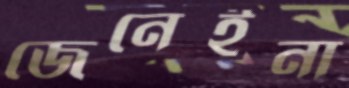
জেনেইনা